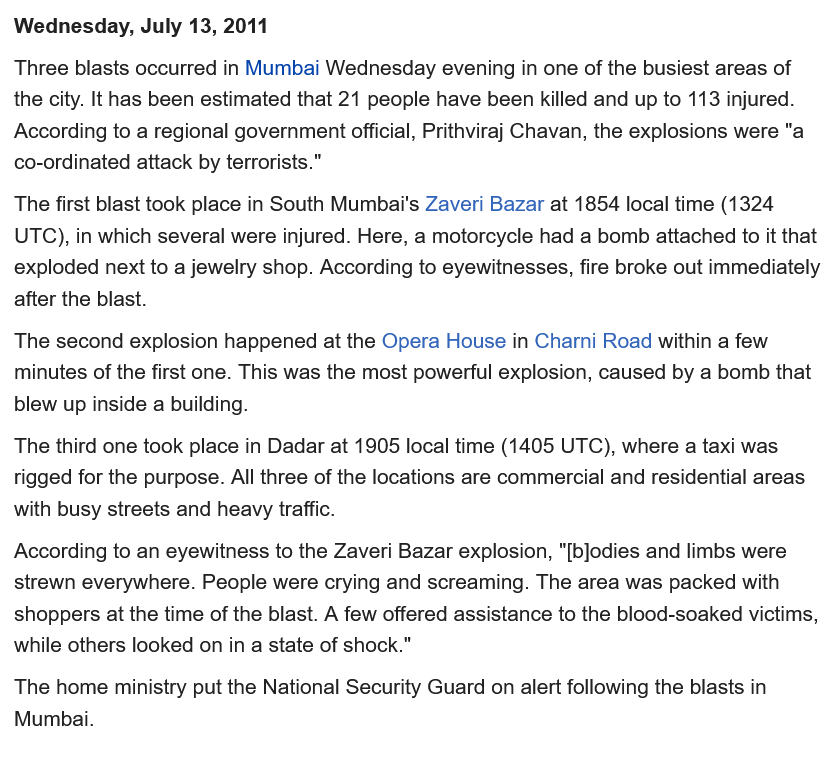
Three blasts occurred in Mumbai Wednesday evening in one of the busiest areas of
  the city. It has been estimated that 21 people have been killed and up to 113 injured.
  According to a regional government official, Prithviraj Chavan, the explosions were "a
  co-ordinated attack by terrorists."
  The first blast took place in South Mumbai's Zaveri Bazar at 1854 local time (1324
  UTC), in which several were injured. Here, a motorcycle had a bomb attached to it that
  exploded next to a jewelry shop. According to eyewitnesses, fire broke out immediately
  after the blast.
  The second explosion happened at the Opera House in Charni Road within a few
  minutes of the first one. This was the most powerful explosion, caused by a bomb that
  blew up inside a building.
  The third one took place in Dadar at 1905 local time (1405 UTC), where a taxi was
  rigged for the purpose. All three of the locations are commercial and residential areas
  with busy streets and heavy traffic.
  According to an eyewitness to the Zaveri Bazar explosion, "[b]odies and limbs were
  strewn everywhere. People were crying and screaming. The area was packed with
  shoppers at the time of the blast. A few offered assistance to the blood-soaked victims,
  while others looked on in a state of shock."
  The home ministry put the National Security Guard on alert following the blasts in
  Mumbai.
  Wednesday,  July 13, 2011